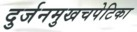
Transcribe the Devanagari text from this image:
दुर्जनमुखचपेटिका